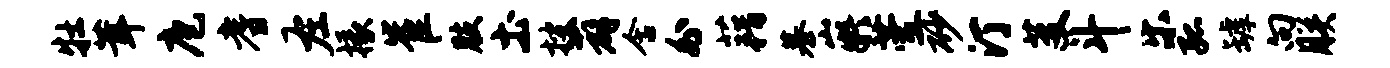
牡茸庖耆左掾崔肢土搜薜含外藉慕嶷萱砂汀芟斗乐孤罅向朕